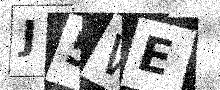
Text: J5WE